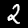
Digit: 2